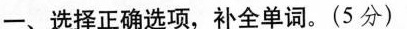
一、选择正确选项,补全单词.（5分）